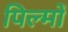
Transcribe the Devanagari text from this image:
पिल्मों